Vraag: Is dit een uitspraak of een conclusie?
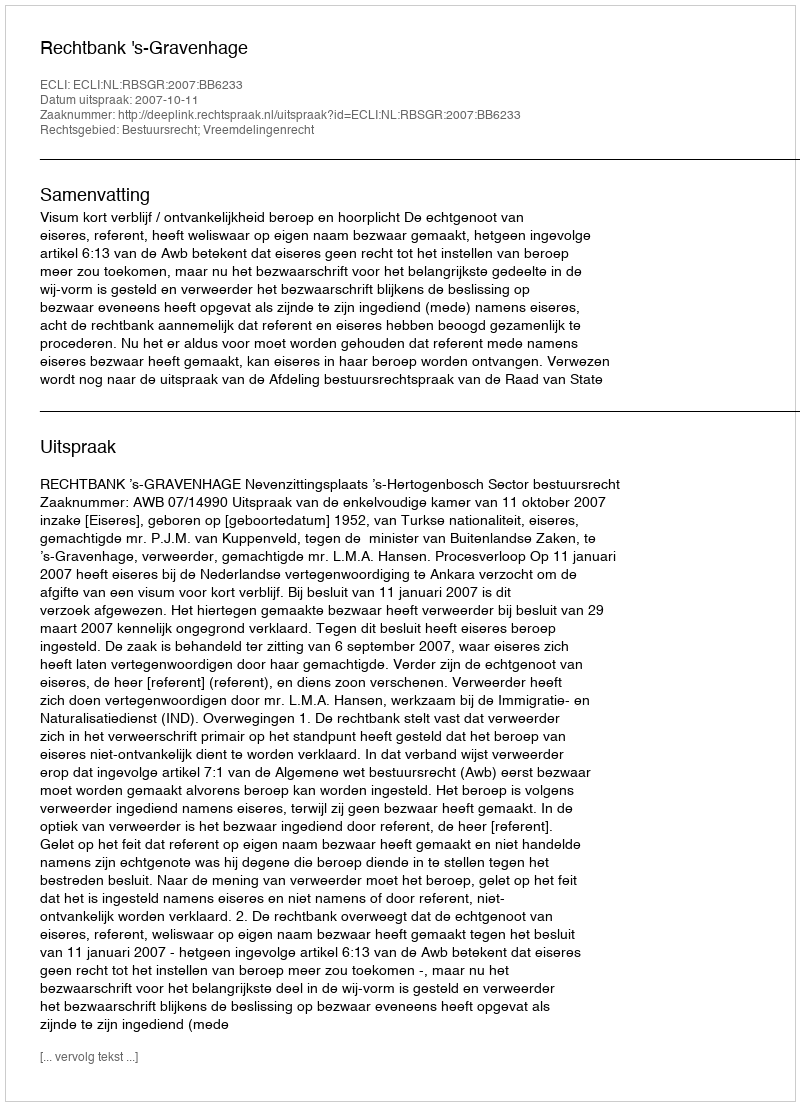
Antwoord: Uitspraak